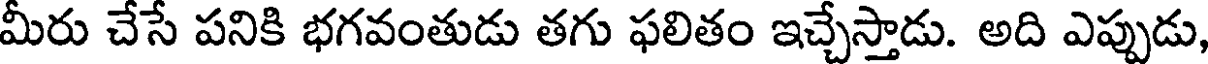
మీరు చేసే పనికి భగవంతుడు తగు ఫలితం ఇచ్చేస్తాడు. అది ఎప్పుడు,